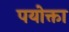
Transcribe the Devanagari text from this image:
पयोक्ता